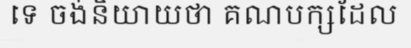
ទេ ចង់និយាយថា គណបក្សដែល